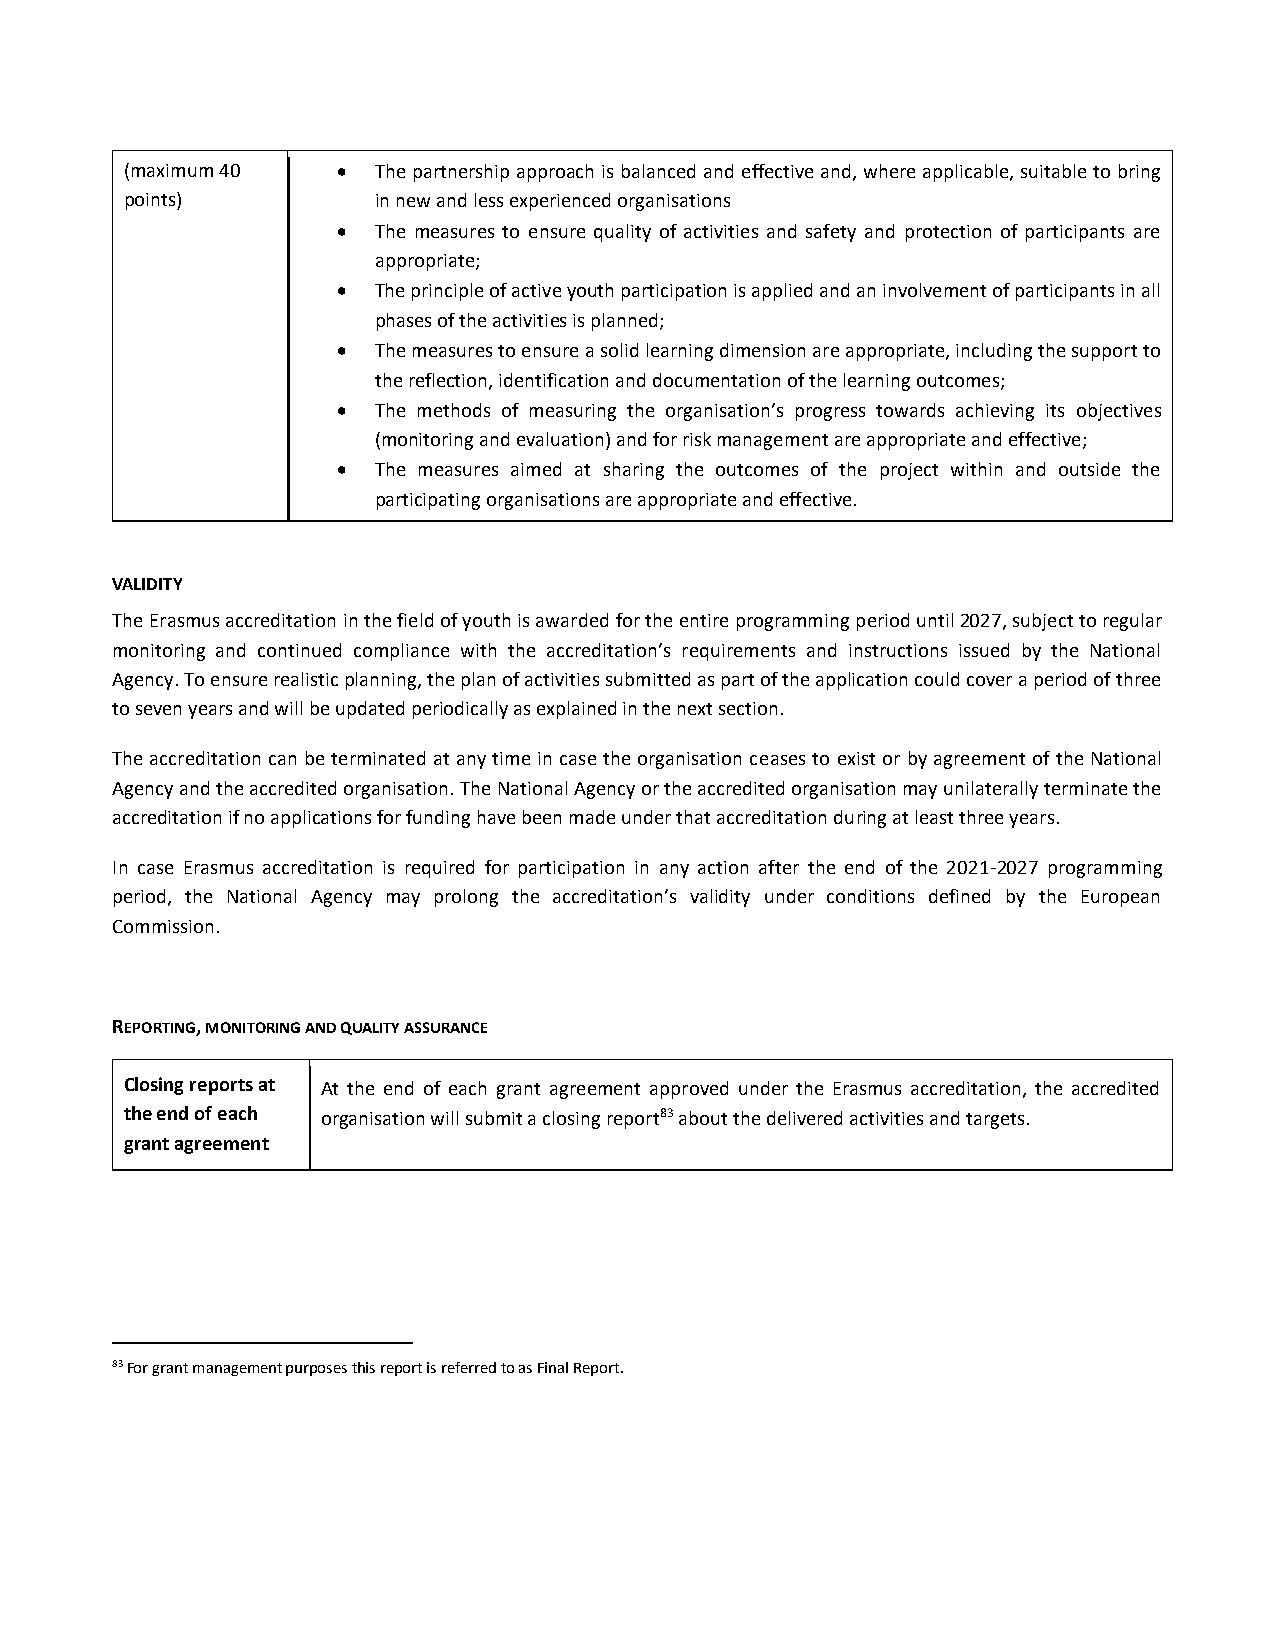
(maximum 40     The partnership approach is balanced and effective and, where applicable, suitable to bring
 points)          in new and less experienced organisations
   The measures to ensure quality of activities and safety and protection of participants are
 appropriate;
   The principle of active youth participation is applied and an involvement of participants in all
 phases of the activities is planned;
   The measures to ensure a solid learning dimension are appropriate, including the support to
 the reflection, identification and documentation of the learning outcomes;
   The methods of measuring the organisation’s progress towards achieving its objectives
 (monitoring and evaluation) and for risk management are appropriate and effective;
   The measures aimed at sharing the outcomes of the project within and outside the
 participating organisations are appropriate and effective.
 VALIDITY
 The Erasmus accreditation in the field of youth is awarded for the entire programming period until 2027, subject to regular
 monitoring and continued compliance with the accreditation’s requirements and instructions issued by the National
 Agency. To ensure realistic planning, the plan of activities submitted as part of the application could cover a period of three
 to seven years and will be updated periodically as explained in the next section.
 The accreditation can be terminated at any time in case the organisation ceases to exist or by agreement of the National
 Agency and the accredited organisation. The National Agency or the accredited organisation may unilaterally terminate the
 accreditation if no applications for funding have been made under that accreditation during at least three years.
 In case Erasmus accreditation is required for participation in any action after the end of the 2021-2027 programming
 period, the National Agency may prolong the accreditation’s validity under conditions defined by the European
 Commission.
 REPORTING, MONITORING AND QUALITY ASSURANCE
 Closing reports at At the end of each grant agreement approved under the Erasmus accreditation, the accredited
 the end of each organisation will submit a closing report83 about the delivered activities and targets.
 grant agreement
 83 For grant management purposes this report is referred to as Final Report.